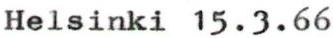
Helsinki 15.3.66